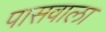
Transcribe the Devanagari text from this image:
पासवाला